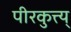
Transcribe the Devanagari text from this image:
पीरकुत्त्य्